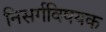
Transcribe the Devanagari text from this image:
निसर्गविषयक